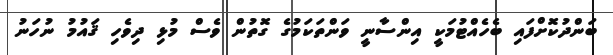
ބަންދުކޮށްފައި ބެހެއްޓުމަކީ އިންސާނީ ވަންތަކަމުގެ ގޮތުން ވެސް މުޅި ދިވެހި ޤައުމު ނުހަނު